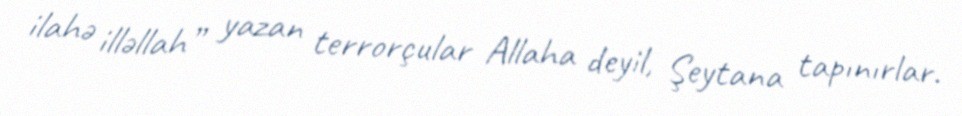
ilahə illəllah” yazan terrorçular Allaha deyil, Şeytana tapınırlar.